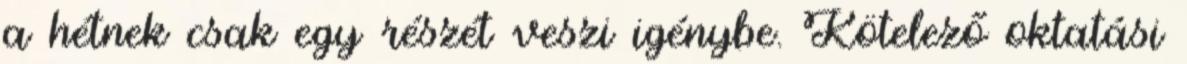
a hétnek csak egy részét veszi igénybe. Kötelező oktatási